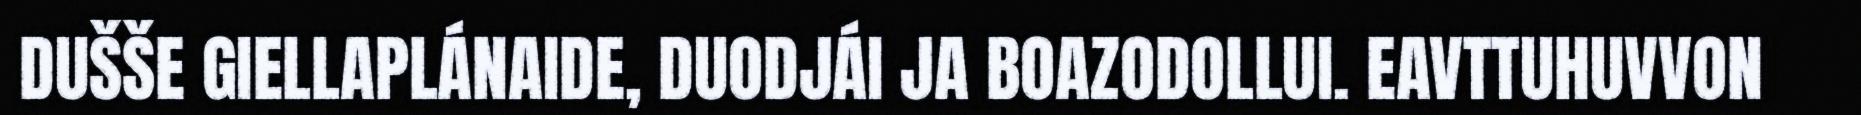
DUŠŠE GIELLAPLÁNAIDE, DUODJÁI JA BOAZODOLLUI. EAVTTUHUVVON